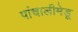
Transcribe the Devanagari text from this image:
पांचालीमेडू